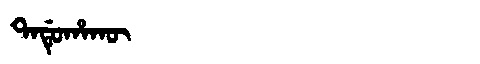
Manchu: ᡨᠠᡩᡠᡥᠠᡴᡡ
Romanization: TADUHAKŪ